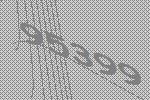
95399